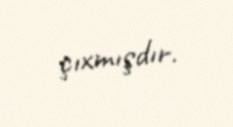
çıxmışdır.